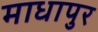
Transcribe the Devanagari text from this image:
माधापुर